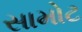
સામોટ